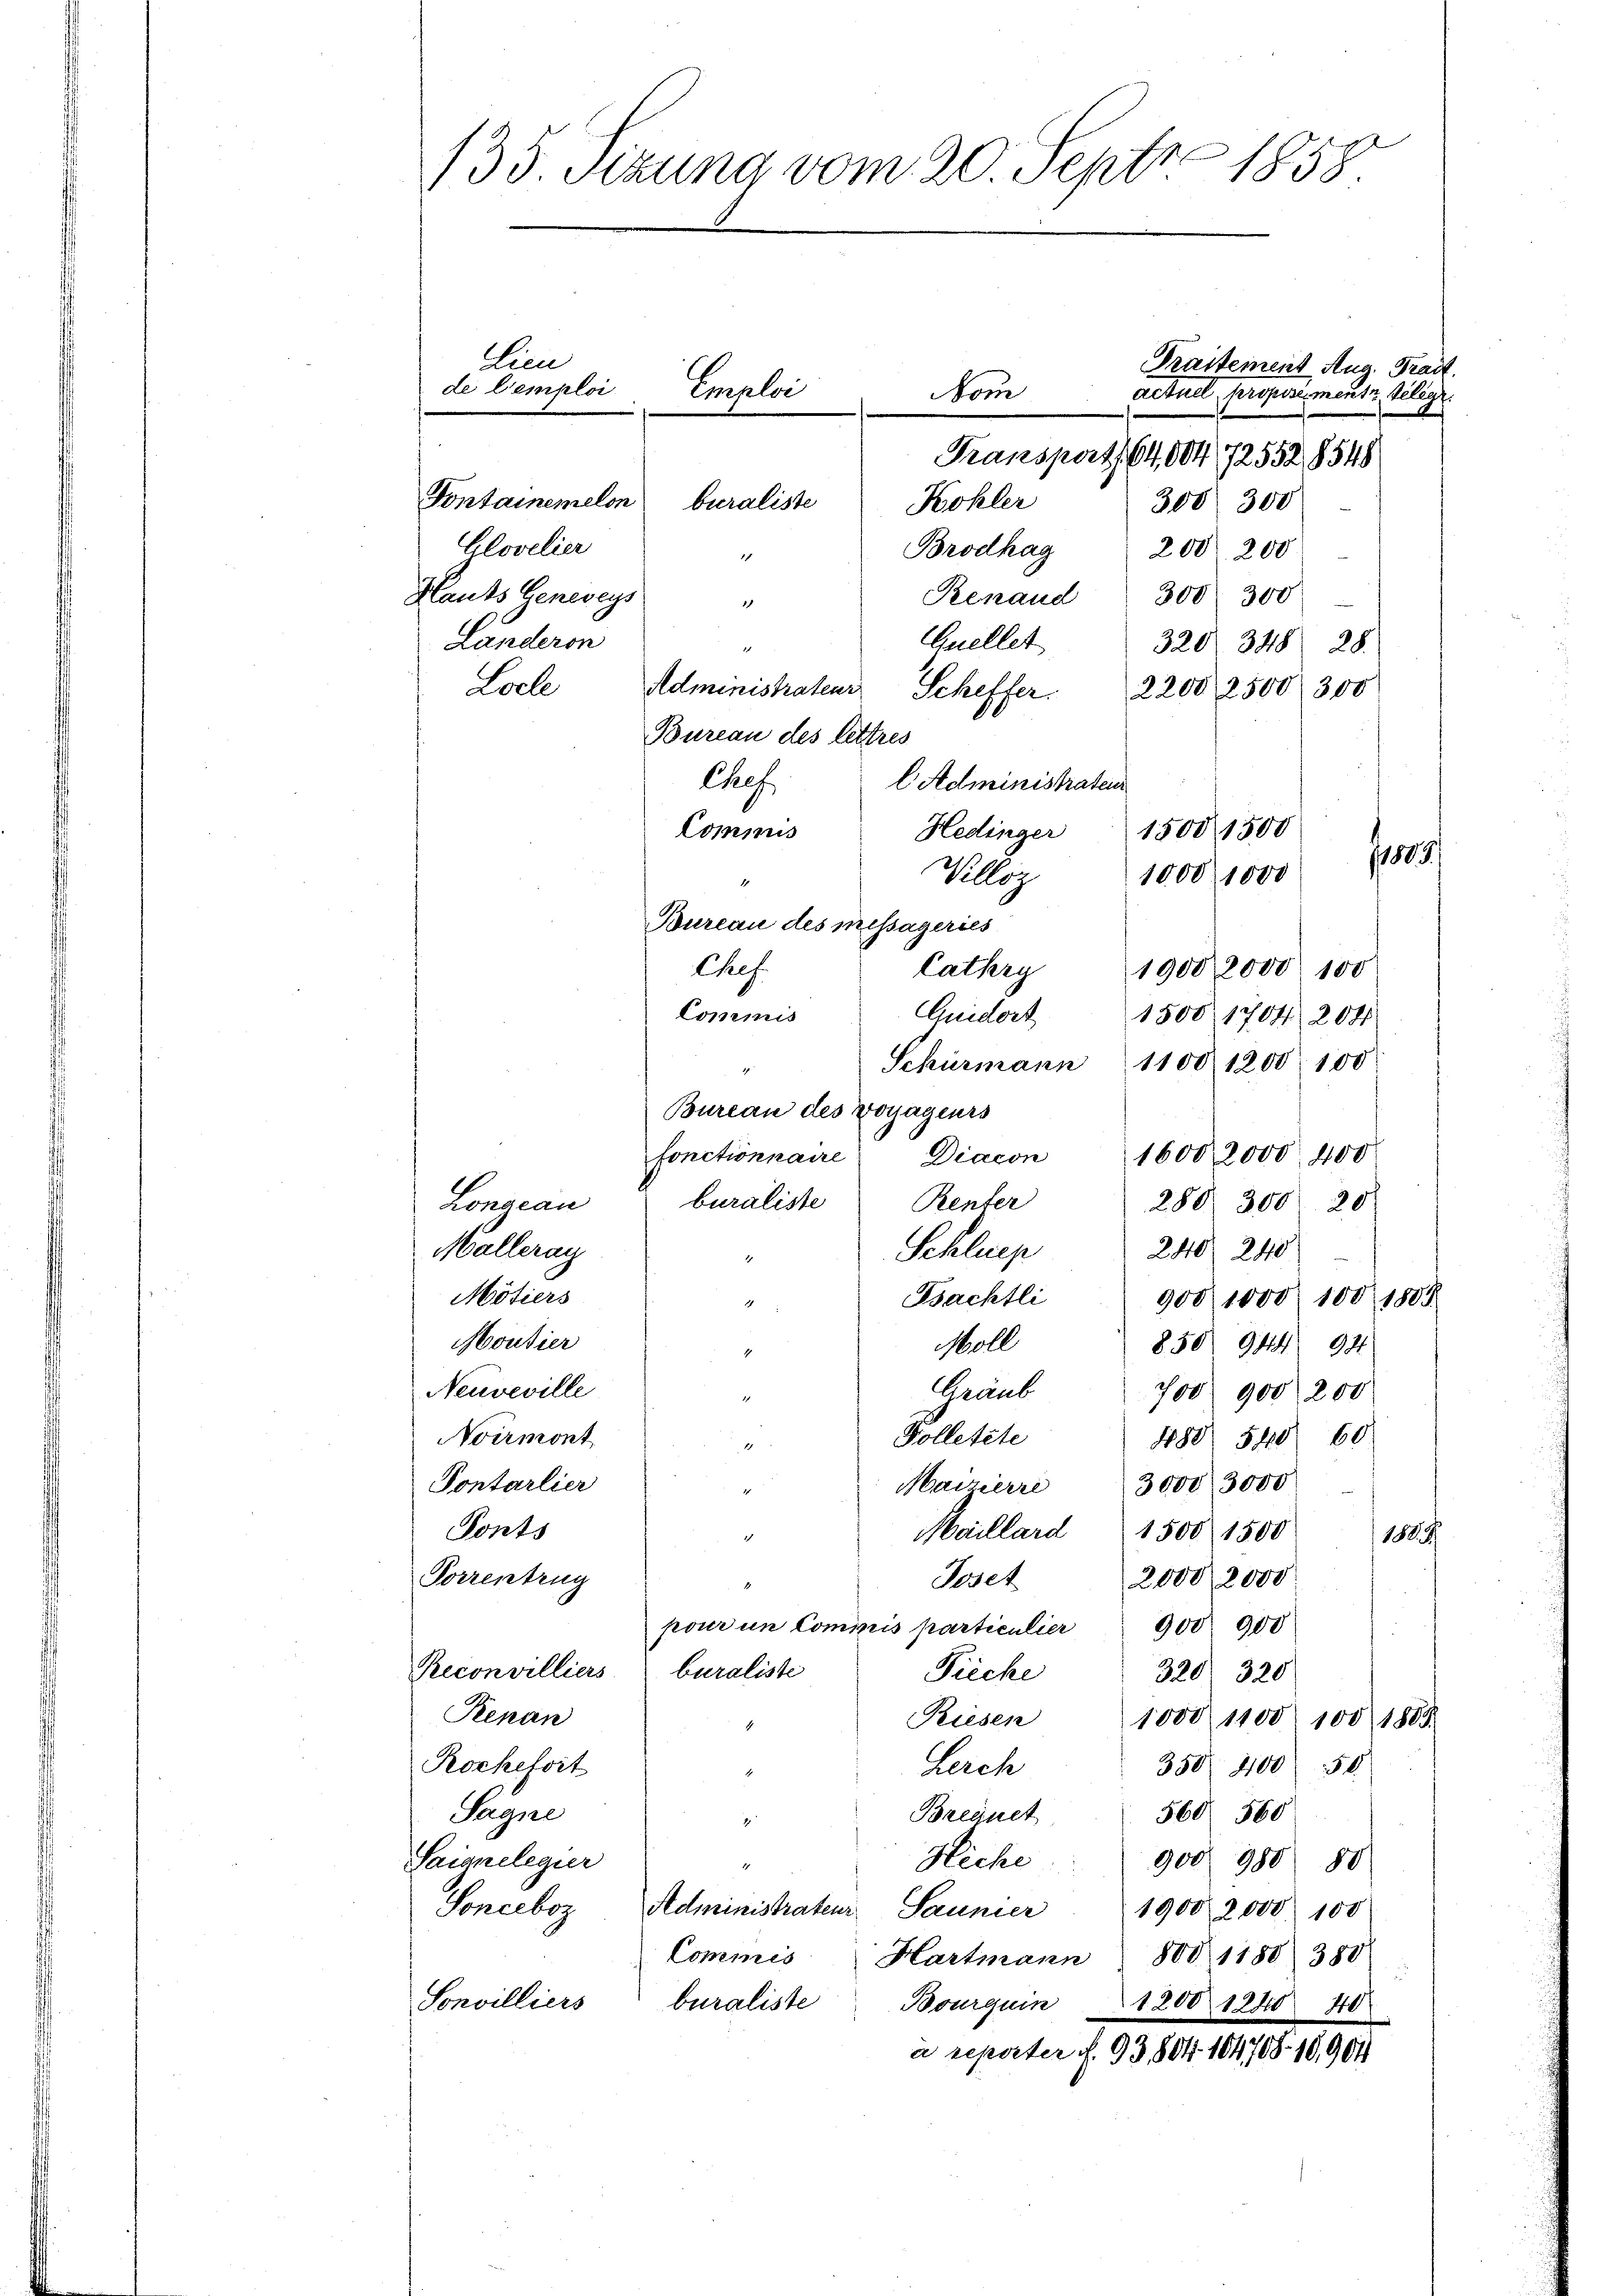
135 Tizung vom 20. Sept. 1858.

Transport. 64,004, 172552, 1548
Fontainemelon
beraliste
Kohler
300. 300
Glovelier
Brodhag 200. 200
1
Hants Geneveys
Renaud 300 300
1
Quellet
Landeron
320/ 348. 28.
e
Loche
Administrateur Scheffer. 2200, 2500 300
Bureau des lettres
Chef.
l Administraten
Commis
Hedinger
Villeg
Bureau des messageries
Chef.
19082000 100
Cathey
Commis
1500. 1704. 204.
Schürmann  1100 1200. 100
Bureau des Voyageurs
fonctionnaire
Diacon 1600 2000. 400
buraliste
Renter
280. 300 20
Lonaeau
Malleray
Schluep 240. 2410
Mötiers
Bsachtli
900, 1000. 100 1809
4
Moutier
Moll
850) 944 94
1
Neuveville
Graub 700. 900 200
Polletete
Noermont
488 540 60
Pontarlier
Maizierre 3000 3000
Ponts
Meillard 1500 1500
1884
1
Porrentrug
Joset
2000, 2000
pour in Cominis particulier 900 900
Reconvilliers buraliste
Pieche
320. 320
Renan
Riesen 1000 1100. 100 1803.
Rochefsit
350. 400 50
Lerch
Sagne
560 560
Brequet
7
Hiche
900 988 80
Saignelegier
1
Sonceboz Administrateur Saunier 1900 2000. 100
Commis
Hartmann 800 1188 380
Sonvilliers
buraliste
Bourquin 1200 1240 40
a reperter f. 93804 104708. 18904

Lieu
de Cemploi

Emploi

om

Guidort

Praitement Aug. Trait.
actuel, Propose mente, selige

15001500
1803.
1000, 1000